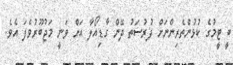
ބީ ޓީމުގެ ކުޅުންތެރިންނަށް ފުރުސަތު ދޭން ގާޑިއޯލާ އަށް ވަނީ މަޖުބޫރުވެފަ އެވެ.